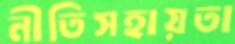
নীতিসহায়তা